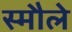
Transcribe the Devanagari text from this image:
स्मौले